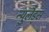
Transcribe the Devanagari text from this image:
न्युलैड्स